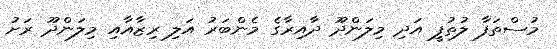
މުސްތަފާ ލުތުފީ އަދި މިލަންދޫ ދާއިރާގެ މެންބަރު އަލި ރިޒާއާއި މިލަންދޫ ރަށު